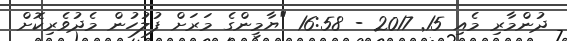
ދުންމާރި މެއި 15